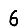
Digit: 6